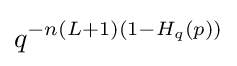
q^{-n(L+1)(1-H_{q}(p))}